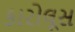
કારોલૂસ